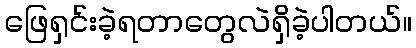
ဖြေရှင်းခဲ့ရတာတွေလဲရှိခဲ့ပါတယ်။